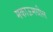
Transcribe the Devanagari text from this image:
मकाऊमधील